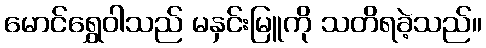
မောင်ရွှေဝါသည် မနှင်းမြူကို သတိရခဲ့သည်။